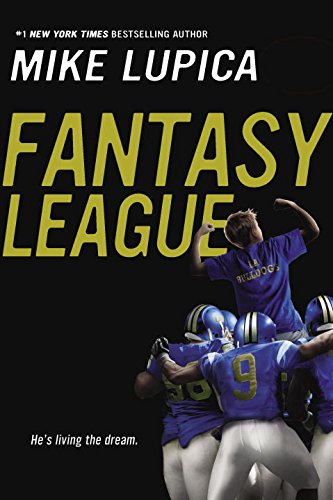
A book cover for Fantasy League; Mike Lupica; Children's Books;